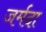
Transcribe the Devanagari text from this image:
जर्मदा